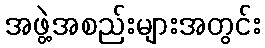
အဖွဲ့အစည်းများအတွင်း